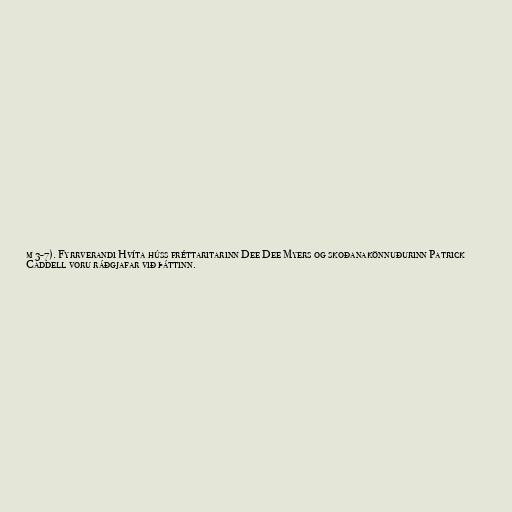
m 3-7). Fyrrverandi Hvíta húss fréttaritarinn Dee Dee Myers og skoðanakönnuðurinn Patrick
Caddell voru ráðgjafar við þáttinn.